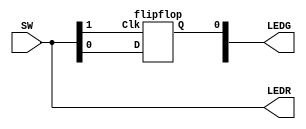
module part5 (SW, LEDR, LEDG);
	input [1:0] SW;
	output [1:0] LEDR, LEDG;
	assign LEDR = SW;
  
	wire Q;

	flipflop F0 (SW[1], SW[0], LEDG[0]);
endmodule

module mylatch (Clk, D, Q);
	input Clk, D;
	output Q;

	wire S, R;

	assign S = D;
	assign R = ~D;

	wire R_g, S_g, Qa, Qb /* synthesis keep */ ;

	assign R_g = R & Clk;
	assign S_g = S & Clk;
	assign Qa = ~(R_g | Qb);
	assign Qb = ~(S_g | Qa);

	assign Q = Qa;
endmodule

module flipflop (Clk, D, Q);
	input Clk, D;
	output Q;
  
	wire Qm;
	mylatch D0 (~Clk, D, Qm);
	mylatch D1 (Clk, Qm, Q);
endmodule